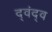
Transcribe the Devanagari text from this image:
द्‍वंद्‍व